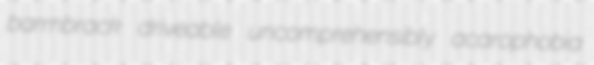
barmbrack driveable uncomprehensibly acarophobia